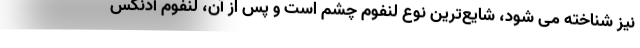
نیز شناخته می شود، شایع‌ترین نوع لنفوم چشم است و پس از آن، لنفوم آدنکس